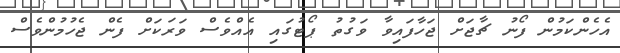
އެހެންކަމުން ފޯނު ޗާޖަށް ޖަހާފައިވާ ވަގުތު ޕޯޓުގައި އެއްވެސް ވަރަކަށް ފެން ޖެހުމުންވެސް